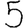
Digit: 5